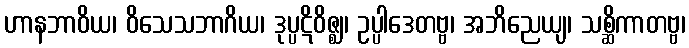
ဟာနဘာဝိယ၊ ဝိသေသဘာဂိယ၊ ဒုပ္ပဋိဝိဇ္ဈ၊ ဥပ္ပါဒေတဗ္ဗ၊ အဘိညေယျ၊ သစ္ဆိကာတဗ္ဗ၊